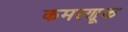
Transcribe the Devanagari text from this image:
कमरणूक